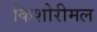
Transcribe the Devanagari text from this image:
किशोरीमल